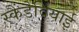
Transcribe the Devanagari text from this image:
स्कैंडेवियाई